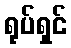
ရုပ်ရှင်